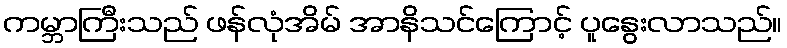
ကမ္ဘာကြီးသည် ဖန်လုံအိမ် အာနိသင်ကြောင့် ပူနွေးလာသည်။